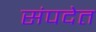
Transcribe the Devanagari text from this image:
संपदेत